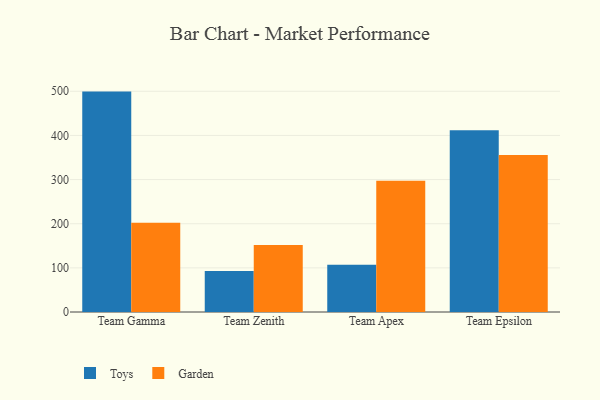
{"axis": {"x": "Team", "y": "Inventory Turnover"}, "legend": ["Garden", "Toys"], "data": [{"x": "Team Gamma", "y": 499.3, "type": "Toys"}, {"x": "Team Gamma", "y": 202.0, "type": "Garden"}, {"x": "Team Zenith", "y": 93.1, "type": "Toys"}, {"x": "Team Zenith", "y": 152.0, "type": "Garden"}, {"x": "Team Apex", "y": 107.2, "type": "Toys"}, {"x": "Team Apex", "y": 297.2, "type": "Garden"}, {"x": "Team Epsilon", "y": 411.6, "type": "Toys"}, {"x": "Team Epsilon", "y": 355.7, "type": "Garden"}]}